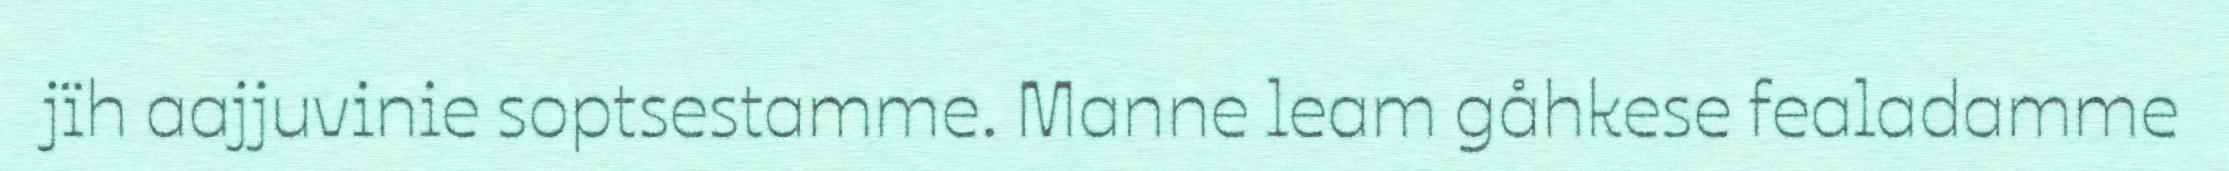
jïh aajjuvinie soptsestamme. Manne leam gåhkese fealadamme